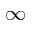
\infty